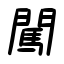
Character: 闖